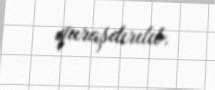
quraşdırılıb.